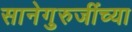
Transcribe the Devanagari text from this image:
सानेगुरुजींच्या